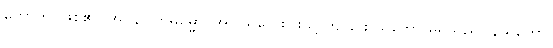
ဟောတိ၊ ဖြစ်၏။ အဝိနိပါတဓမ္မော၊ အပါယ်လေးပါးသို့ ကျခြင်း သဘော မရှိသည်။ နိယတော၊